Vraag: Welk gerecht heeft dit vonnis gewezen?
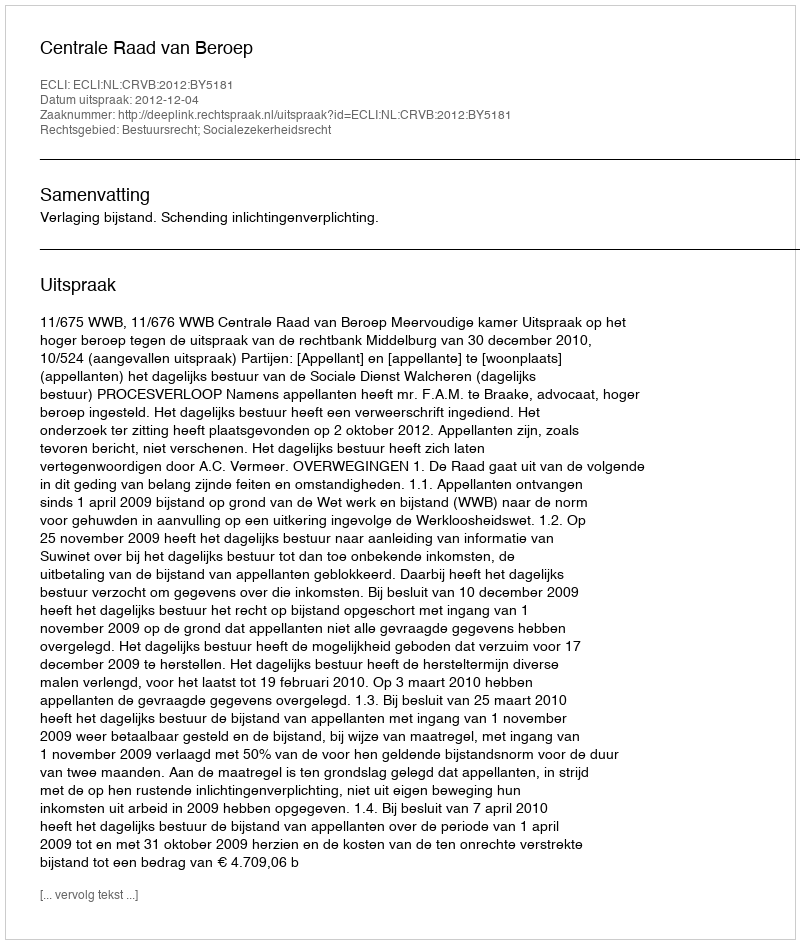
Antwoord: Centrale Raad van Beroep